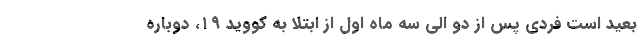
بعید است فردی پس از دو الی سه ماه اول از ابتلا به کووید ۱۹، دوباره